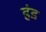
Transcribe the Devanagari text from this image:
हंड